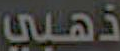
ذهبي